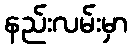
နည်းလမ်းမှာ